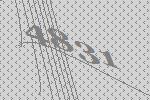
4831